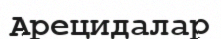
Арецидалар